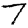
Digit: 7